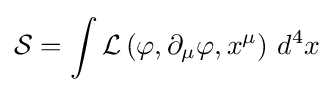
{\mathcal {S}}=\int {\mathcal {L}}\left(\varphi ,\partial _{\mu }\varphi ,x^{\mu }\right)\,d^{4}x